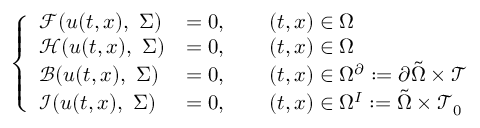
\left\{ \begin{array} { l l } { \mathcal { F } ( u ( t , x ) , \ \Sigma ) } & { = 0 , \qquad ( t , x ) \in \Omega } \\ { \mathcal { H } ( u ( t , x ) , \ \Sigma ) } & { = 0 , \qquad ( t , x ) \in \Omega } \\ { \mathcal { B } ( u ( t , x ) , \ \Sigma ) } & { = 0 , \qquad ( t , x ) \in \Omega ^ { \partial } : = \partial \tilde { \Omega } \times \mathcal { T } } \\ { \mathcal { I } ( u ( t , x ) , \ \Sigma ) } & { = 0 , \qquad ( t , x ) \in \Omega ^ { I } : = \tilde { \Omega } \times \mathcal { T } _ { 0 } } \end{array} \right.